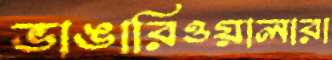
ভাঙারিওয়ালারা